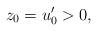
LaTeX: \begin{align*} z_0=u_0'>0, \end{align*}